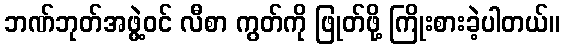
ဘဏ်ဘုတ်အဖွဲ့ဝင် လီစာ ကွတ်ကို ဖြုတ်ဖို့ ကြိုးစားခဲ့ပါတယ်။